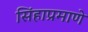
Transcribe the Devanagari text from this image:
सिंहाप्रमाणे